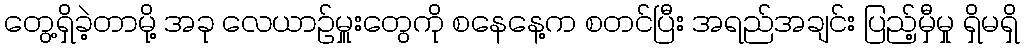
တွေ့ရှိခဲ့တာမို့ အခု လေယာဉ်မှူးတွေကို စနေနေ့က စတင်ပြီး အရည်အချင်း ပြည့်မှီမှု ရှိမရှိ